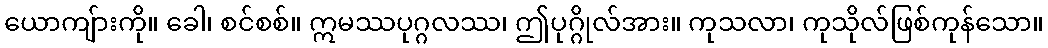
ယောကျ်ားကို။ ခေါ၊ စင်စစ်။ ဣမဿပုဂ္ဂလဿ၊ ဤပုဂ္ဂိုလ်အား။ ကုသလာ၊ ကုသိုလ်ဖြစ်ကုန်သော။